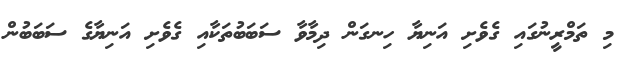
މި ތަމްރީނުގައި ގެވެށި އަނިޔާ ހިނގަން ދިމާވާ ސަބަބުތަކާއި ގެވެށި އަނިޔާގެ ސަބަބުން